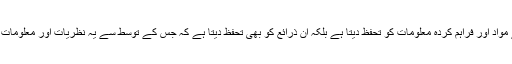
یہ حق نہ صرف نظریات کے مواد اور فراہم کردہ معلومات کو تحفظ دیتا ہے بلکہ اُن ذرائع کو بھی تحفظ دیتا ہے کہ جس کے توسط سے یہ نظریات اور معلومات دوسروں تک منتقل کی جائیں۔